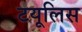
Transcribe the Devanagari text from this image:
टयूलिस